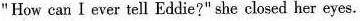
"How can I ever tell Eddie?" she closed her eyes,